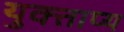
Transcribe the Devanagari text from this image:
युक्ताप्य